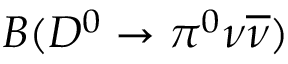
{ \cal B } ( D ^ { 0 } \to \pi ^ { 0 } \nu \overline { { \nu } } )